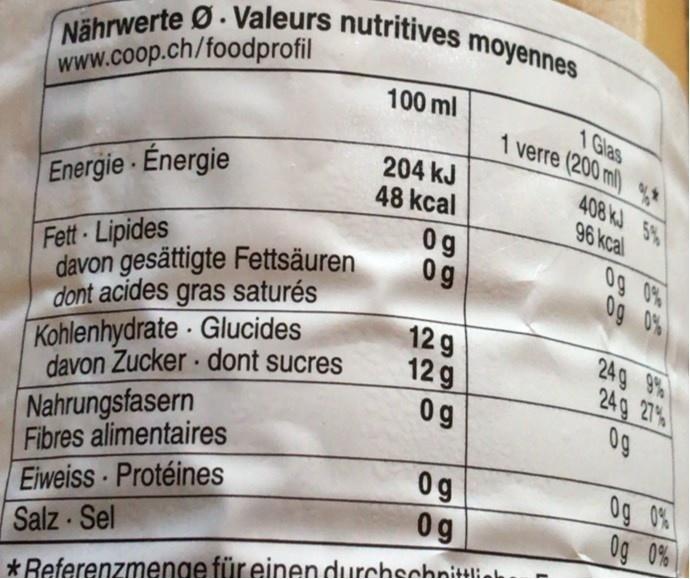
Nährwerte Ø. Valeurs nutritives moyennes
www.coop.ch/foodprofil
100 ml
1 Glas 1 verre (200 ml) *
204 kJ 48 kcal
408 kJ 5% 96 kcal
Energie Énergie
Fett Lipides davon gesättigte Fettsäuren dont acides gras saturés
0g 0g
Og 0% 0g 0%
Kohlenhydrate Glucides davon Zucker dont sucres
129 12 g 0g
24g 9% 24g 27% 0g
Nahrungsfasern Fibres alimentaires Eiweiss Protéines Salz Sel
0g 0g
0g 0% Og 0%
*Referenzmenge für einen durchsohnitt!:ak